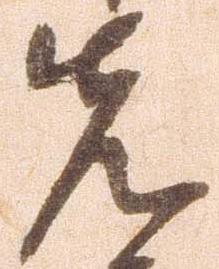
先